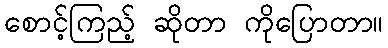
စောင့်ကြည့် ဆိုတာ ကိုပြောတာ။